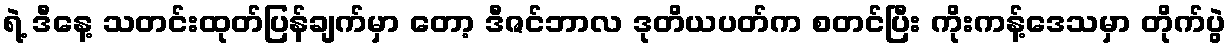
ရဲ့ ဒီနေ့ သတင်းထုတ်ပြန်ချက်မှာ တော့ ဒီဇင်ဘာလ ဒုတိယပတ်က စတင်ပြီး ကိုးကန့်ဒေသမှာ တိုက်ပွဲ